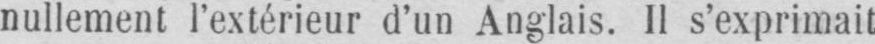
nullement l’extérieur d’un Anglais. Il s’exprimait